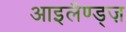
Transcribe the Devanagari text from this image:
आइलैण्ड्ज़